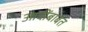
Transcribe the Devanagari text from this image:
आदींबाबत